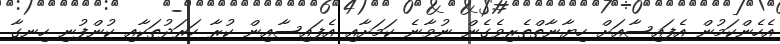
އެހެންކަމުން އެފައިސާއަށް ހިޔާނާތްތެރިވެގެން ނުވާނެ ކަމަށާއި އެފައިސާއިން ކުރާ ހަރަދުތަކާއި ކުންފުނި ހިނގާ